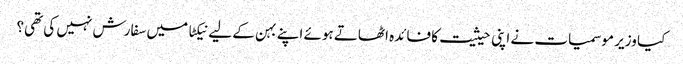
کیا وزیر موسمیات نے اپنی حیثیت کا فائدہ اٹھاتے ہوئے اپنے بہن کے لیے نیکٹا میں سفارش نہیں کی تھی؟